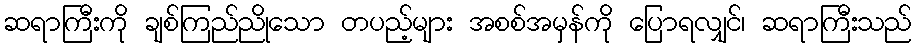
ဆရာကြီးကို ချစ်ကြည်ညိုသော တပည့်များ အစစ်အမှန်ကို ပြောရလျှင်၊ ဆရာကြီးသည်